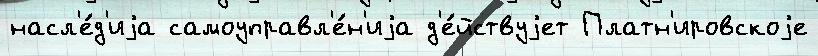
насл'е́д'иjа самоуправл'е́н'иjа д'е́йствуjет Платн'ировскоjе